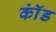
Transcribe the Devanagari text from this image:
कॉंड